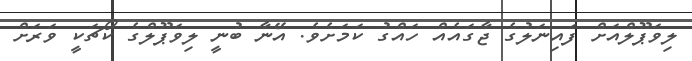
ލިވަޕޫލްއަށް ފައިނަލުގެ ޖާގައެއް ހައްގު ކަމަށެވެ. އޭނާ ބުނީ ލިވަޕޫލްގެ ކޯޗަކީ ވަރަށް